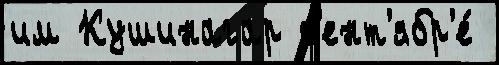
им Кушинагар с'ент'ябр'е́